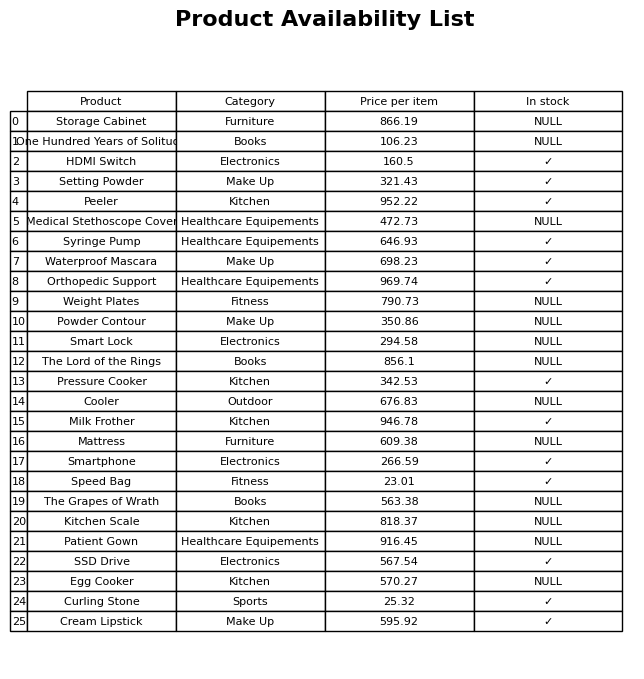
question: What is the price of the Cream Lipstick?
answer: The price of Cream Lipstick is 595.92.